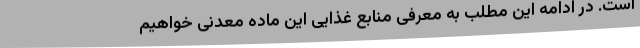
است. در ادامه این مطلب به معرفی منابع غذایی این ماده معدنی خواهیم